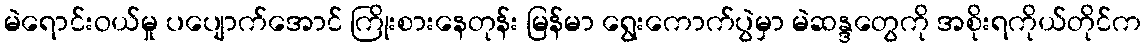
မဲရောင်းဝယ်မှု ပပျောက်အောင် ကြိုးစားနေတုန်း မြန်မာ ရွေးကောက်ပွဲမှာ မဲဆန္ဒတွေကို အစိုးရကိုယ်တိုင်က